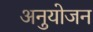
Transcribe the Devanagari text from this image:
अनुयोजन